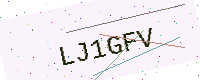
Text: LJ1GFV